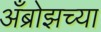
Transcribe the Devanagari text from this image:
अँब्रोझच्या